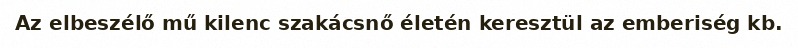
Az elbeszélő mű kilenc szakácsnő életén keresztül az emberiség kb.